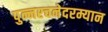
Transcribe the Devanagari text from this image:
पुन्नरचनेदरम्यान